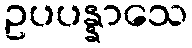
ဥပပန္နာသေ